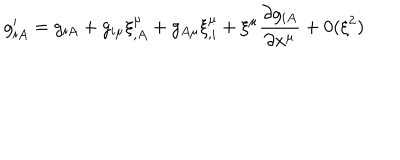
g _ { i A } ^ { \prime } = g _ { i A } + g _ { i \mu } \xi _ { , A } ^ { \mu } + g _ { A \mu } \xi _ { , i } ^ { \mu } + \xi ^ { \mu } \frac { \partial g _ { i A } } { \partial x ^ { \mu } } + 0 ( \xi ^ { 2 } )